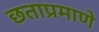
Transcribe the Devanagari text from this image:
छताप्रमाणे